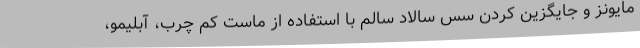
مایونز و جایگزین کردن سس سالاد سالم با استفاده از ماست کم چرب، آبلیمو،